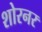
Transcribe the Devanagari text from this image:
शोरनर